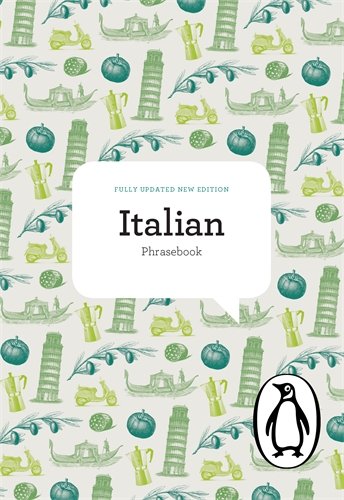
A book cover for The Penguin Italian Phrasebook: Fourth Edition (Phrase Book, Penguin); Jill Norman; Travel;